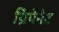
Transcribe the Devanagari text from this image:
ग्रिपेनेट